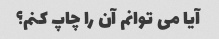
آیا می توانم آن را چاپ کنم؟